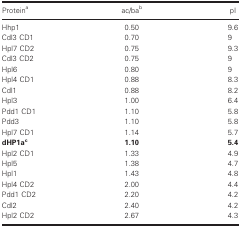
<table><thead><tr><td><b>Proteina</b></td><td><b>ac/bab</b></td><td><b>pI</b></td></tr></thead><tbody><tr><td>Hhp1</td><td>0.50</td><td>9.6</td></tr><tr><td>Cdl3 CD1</td><td>0.70</td><td>9</td></tr><tr><td>Hpl7 CD2</td><td>0.75</td><td>9.3</td></tr><tr><td>Cdl3 CD2</td><td>0.75</td><td>9</td></tr><tr><td>Hpl6</td><td>0.80</td><td>9</td></tr><tr><td>Hpl4 CD1</td><td>0.88</td><td>8.3</td></tr><tr><td>Cdl1</td><td>0.88</td><td>8.2</td></tr><tr><td>Hpl3</td><td>1.00</td><td>6.4</td></tr><tr><td>Pdd1 CD1</td><td>1.10</td><td>5.8</td></tr><tr><td>Pdd3</td><td>1.10</td><td>5.8</td></tr><tr><td>Hpl7 CD1</td><td>1.14</td><td>5.7</td></tr><tr><td><b>dHP1a</b>c</td><td><b>1.10</b></td><td><b>5.4</b></td></tr><tr><td>Hpl2 CD1</td><td>1.33</td><td>4.9</td></tr><tr><td>Hpl5</td><td>1.38</td><td>4.7</td></tr><tr><td>Hpl1</td><td>1.43</td><td>4.8</td></tr><tr><td>Hpl4 CD2</td><td>2.00</td><td>4.4</td></tr><tr><td>Pdd1 CD2</td><td>2.20</td><td>4.2</td></tr><tr><td>Cdl2</td><td>2.40</td><td>4.2</td></tr><tr><td>Hpl2 CD2</td><td>2.67</td><td>4.3</td></tr></tbody></table>